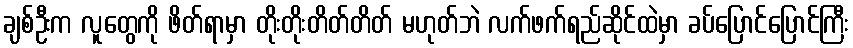
ချစ်ဦးက လူတွေကို ဖိတ်ရာမှာ တိုးတိုးတိတ်တိတ် မဟုတ်ဘဲ လက်ဖက်ရည်ဆိုင်ထဲမှာ ခပ်ပြောင်ပြောင်ကြီး